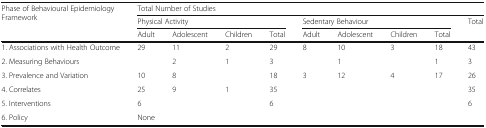
| <ROWSPAN=3> Phase of Behavioural Epidemiology Framework | <COLSPAN=9> Total Number of Studies |
 | <COLSPAN=4> Physical Activity | <COLSPAN=4> Sedentary Behaviour | Total |
 | Adult | Adolescent | Children | Total | Adult | Adolescent | Children | Total |  |
 | --- | --- | --- | --- | --- | --- | --- | --- | --- | --- |
 | 1. Associations with Health Outcome | 29 | 11 | 2 | 29 | 8 | 10 | 3 | 18 | 43 |
 | 2. Measuring Behaviours |  | 2 | 1 | 3 |  | 1 |  | 1 | 3 |
 | 3. Prevalence and Variation | 10 | 8 |  | 18 | 3 | 12 | 4 | 17 | 26 |
 | 4. Correlates | 25 | 9 | 1 | 35 |  |  |  |  | 35 |
 | 5. Interventions | 6 |  |  | 6 |  |  |  |  | 6 |
 | 6. Policy | <COLSPAN=9> None |